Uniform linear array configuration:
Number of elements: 12
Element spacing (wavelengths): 0.5
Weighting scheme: hamming
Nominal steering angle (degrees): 45
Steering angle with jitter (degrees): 44.716
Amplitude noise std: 0.05
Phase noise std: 0.05

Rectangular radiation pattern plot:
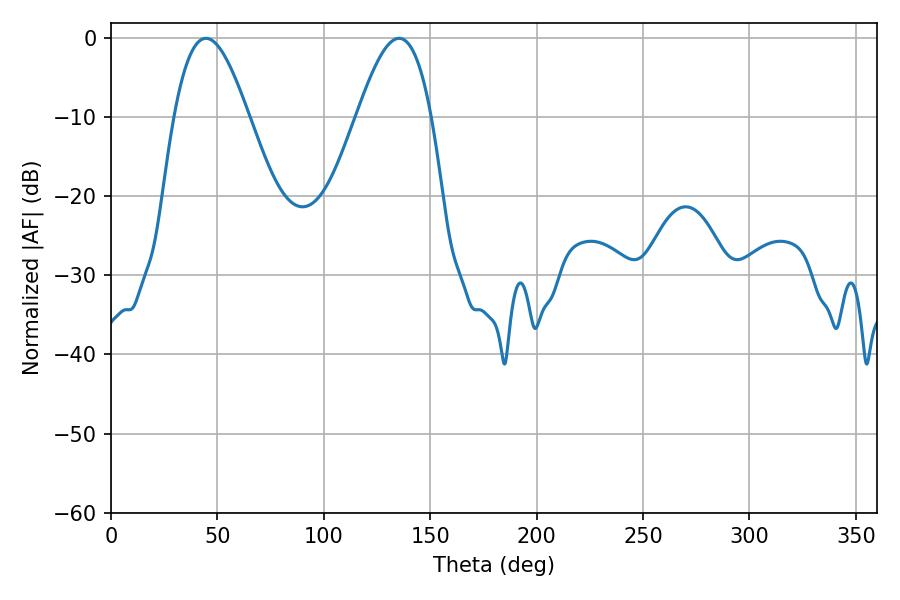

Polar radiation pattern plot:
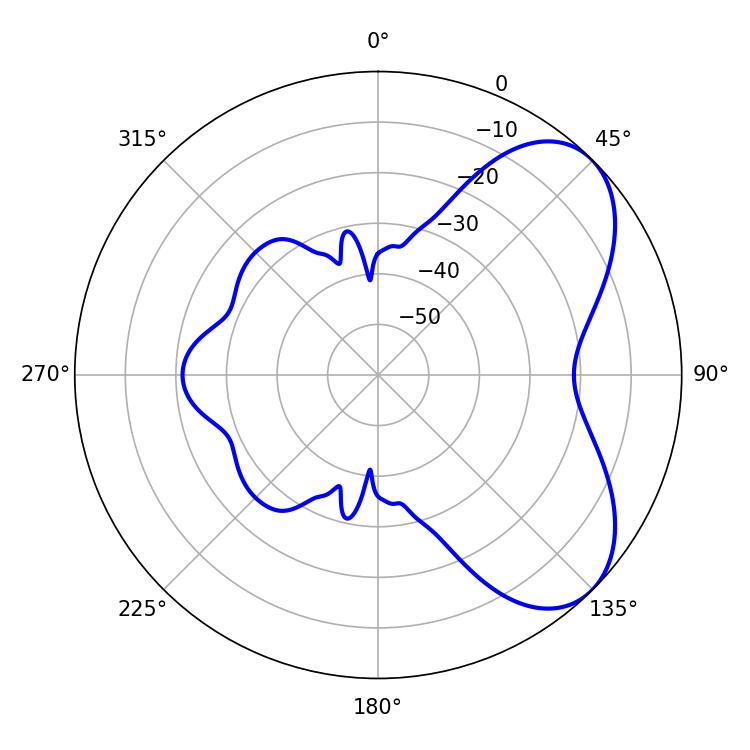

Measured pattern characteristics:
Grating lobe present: FALSE
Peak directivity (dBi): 5.888
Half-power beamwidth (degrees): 18.9
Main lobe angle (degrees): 44.64